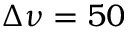
\Delta \nu = 5 0